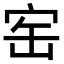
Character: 𡧰